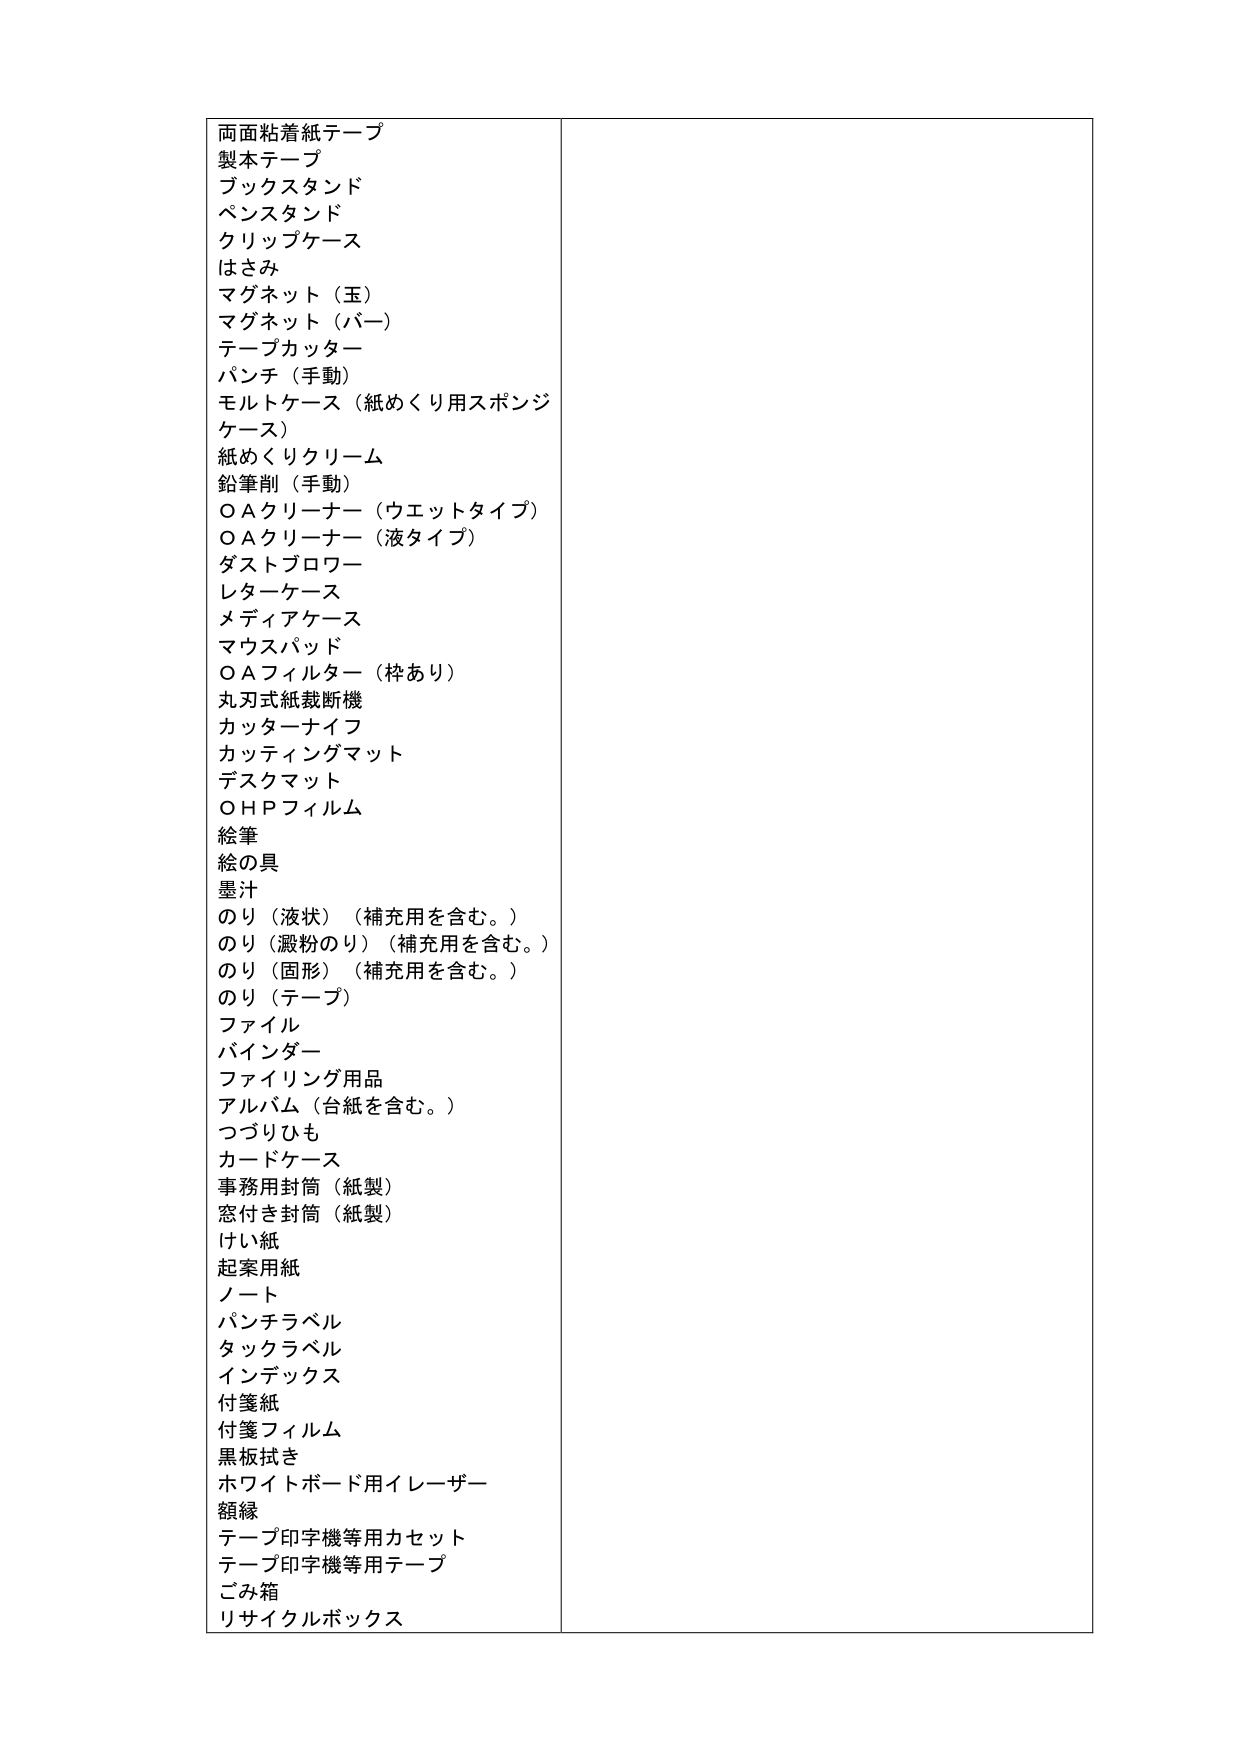
両面粘着紙テープ
製本テープ
ブックスタンド
ペンスタンド
クリップケース
はさみ
マグネット（玉）
マグネット（バー）
テープカッター
パンチ（手動）
モルトケース（紙めくり用スポンジケース）
紙めくりクリーム
鉛筆削（手動）
ＯＡクリーナー（ウエットタイプ）
ＯＡクリーナー（液タイプ）
ダストブロワー
レターケース
メディアケース
マウスパッド
ＯＡフィルター（枠あり）
丸刃式紙裁断機
カッターナイフ
カッティングマット
デスクマット
ＯＨＰフィルム
絵筆
絵の具
墨汁
のり（液状）（補充用を含む。）
のり（澱粉のり）（補充用を含む。）
のり（固形）（補充用を含む。）
のり（テープ）
ファイル
バインダー
ファイリング用品
アルバム（台紙を含む。）
つづりひも
カードケース
事務用封筒（紙製）
窓付き封筒（紙製）
けい紙
起案用紙
ノート
パンチラベル
タックラベル
インデックス
付箋紙
付箋フィルム
黒板拭き
ホワイトボード用イレーザー
額縁
テープ印字機等用カセット
テープ印字機等用テープ
ごみ箱
リサイクルボックス